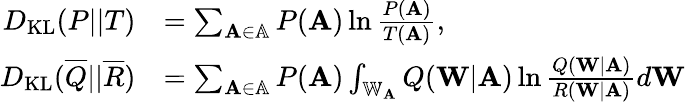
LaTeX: \begin{array}{rl}{D_{\mathrm{KL}}(P||T)}&{=\sum_{\mathbf{A}\in\mathbb{A}}P(\mathbf{A})\ln\frac{P(\mathbf{A})}{T(\mathbf{A})},}\\ {D_{\mathrm{KL}}(\overline{{Q}}||\overline{{R}})}&{=\sum_{\mathbf{A}\in\mathbb{A}}P(\mathbf{A})\int_{\mathbb{W}_{\mathbf{A}}}Q(\mathbf{W}|\mathbf{A})\ln\frac{Q(\mathbf{W}|\mathbf{A})}{R(\mathbf{W}|\mathbf{A})}d\mathbf{W}}\end{array}